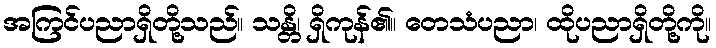
အကြင်ပညာရှိတို့သည်။ သန္တိ၊ ရှိကုန်၏။ တေသံပညာ၊ ထိုပညာရှိတို့ကို။